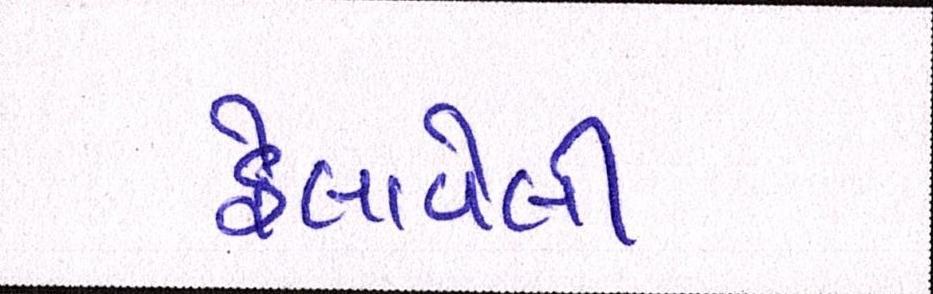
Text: ફેલાવેલી